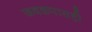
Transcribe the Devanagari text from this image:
जवळपासही